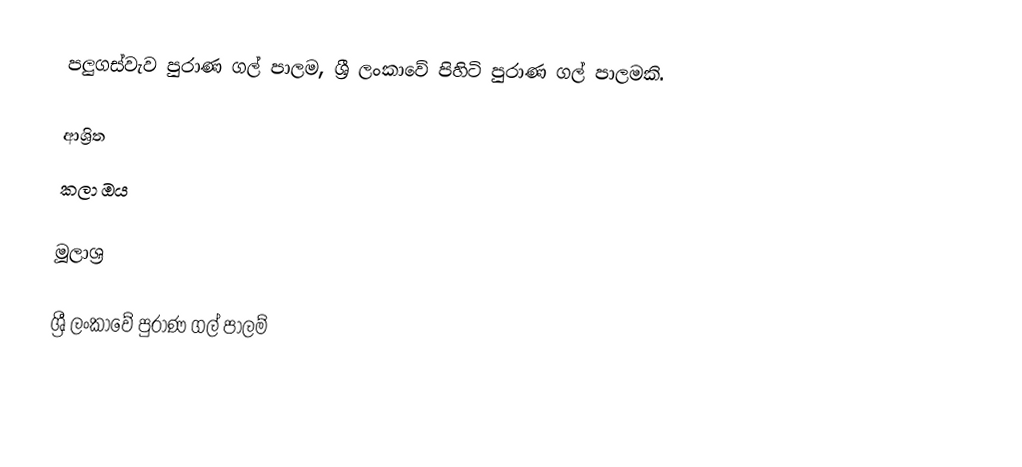
පලුගස්වැව පුරාණ ගල් පාලම, ශ්‍රී ලංකාවේ පිහිටි පුරාණ ගල් පාලමකි.

ආශ්‍රිත
 කලා ඔය

මූලාශ්‍ර

ශ්‍රී ලංකාවේ පුරාණ ගල් පාලම්